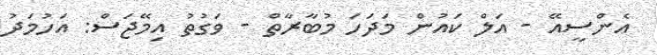
އެންސީއޭ - އަލް ކައުން މަދަހަ މުބާރާތް - ވަގުތު އިމޭޖަސް: އަހުމަދު